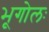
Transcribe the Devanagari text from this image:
भूगोलः